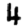
Digit: 4